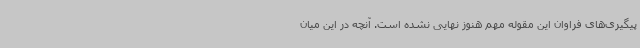
پیگیری‌های فراوان این مقوله مهم هنوز نهایی نشده است. آنچه در این میان